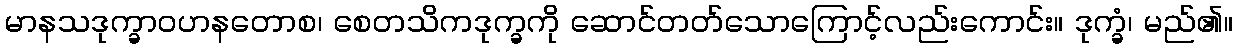
မာနသဒုက္ခာဝဟနတောစ၊ စေတသိကဒုက္ခကို ဆောင်တတ်သောကြောင့်လည်းကောင်း။ ဒုက္ခံ၊ မည်၏။